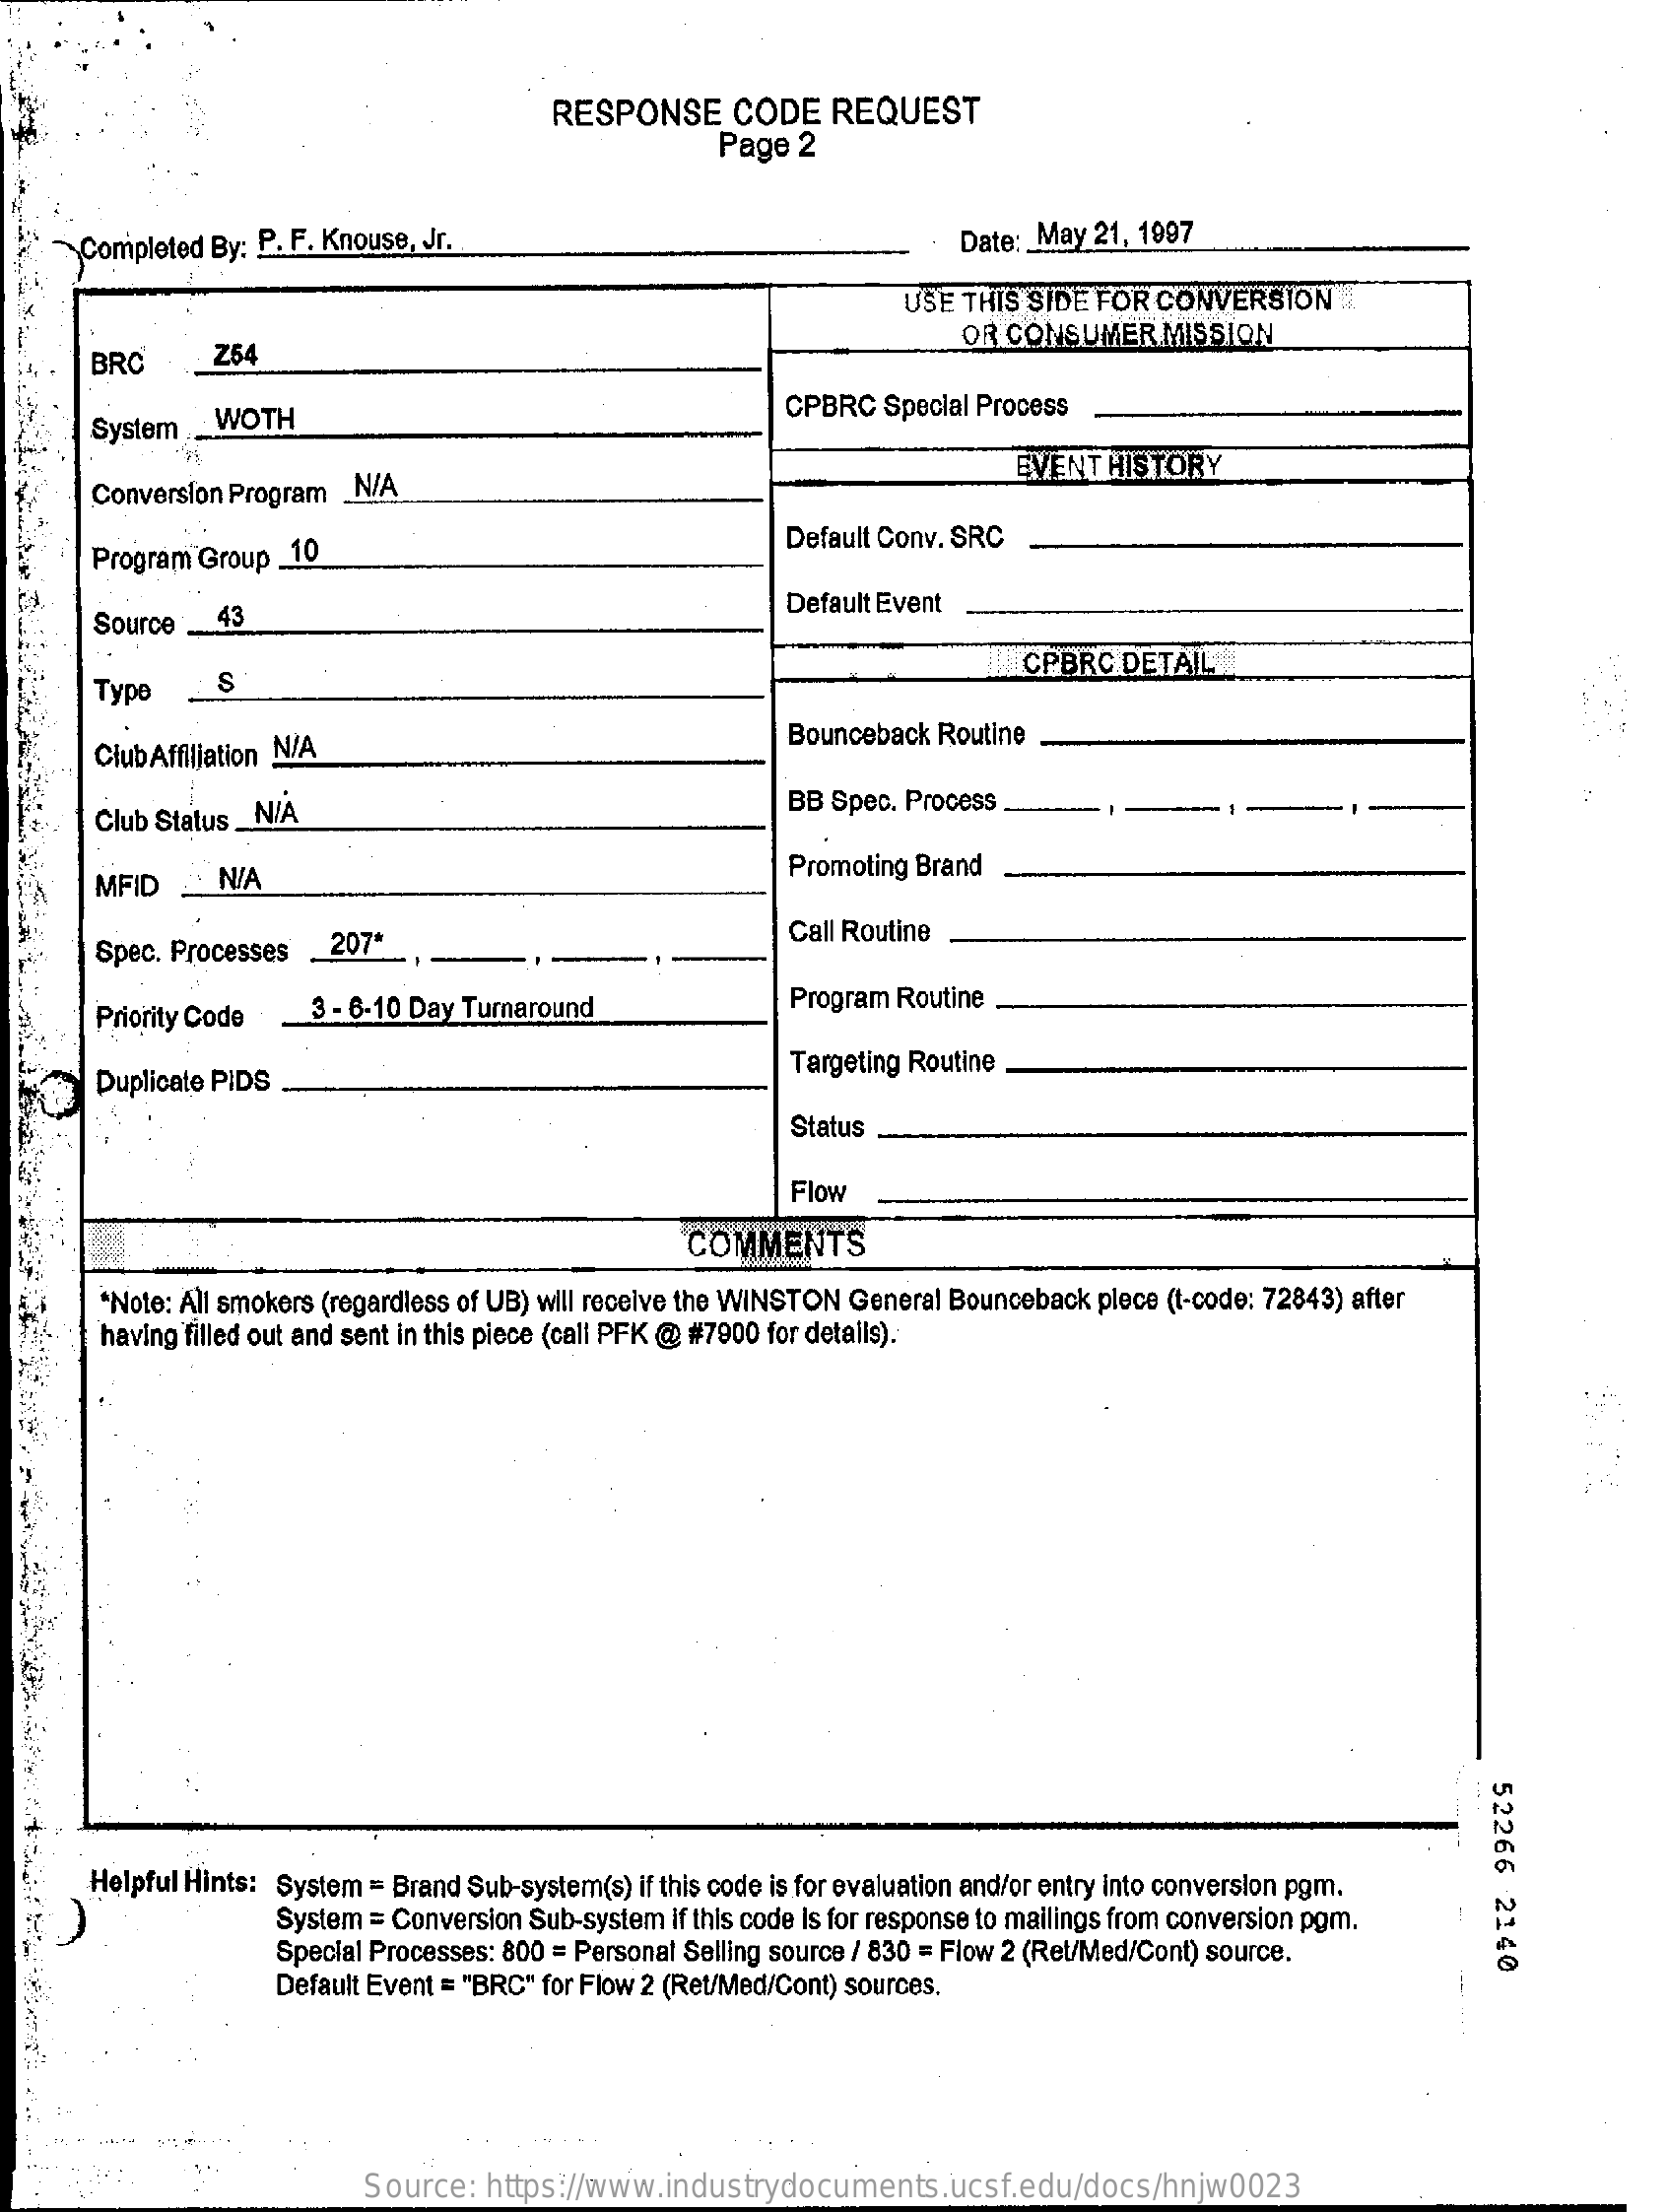
RESPONSE    CODE   REQUEST
     Page 2
     Completed By: P. F. Knouse, Jr.    Date: May 21, 1997
     USE THIS SIDE FOR CONVERSION
     OR CONSUMER   MISSION
     BRC    Z54
     System   WOTH    CPBRC  Special Process
     Conversion Program _N/A
     EVENT HISTORY
     Program Group _10
     Default Conv. SRC
     Source   43
     Default Event
     S
     CPBRC DETAIL
     Type
     ClubAffiliation N/A
     Bounceback Routine
     Club Status_N/A
     BB Spec. Process
     MFID    N/A    Promoting Brand
     Spec. Processes  207*    Call Routine
     Priority Code   3 - 6-10 Day Turnaround    Program Routine
     Duplicate PIDS    Targeting Routine
     Status
     Flow
     COMMENTS
     *Note: All smokers (regardless of UB) will receive the WINSTON General Bounceback plece (t-code: 72843) after
     having filled out and sent in this piece (call PFK @ #7900 for detalls).
     52266
     2140
     Helpful Hints: System = Brand Sub-system(s) if this code is for evaluation and/or entry into conversion pgm.
     System = Conversion Sub-system if this code Is for response to mailings from conversion pgm.
     Special Processes: 800 = Personal Selling source / 830 = Flow 2 (Ret/Med/Cont) source.
     Default Event = "BRC" for Flow 2 (Ret/Med/Cont) sources.
     Source: https://www.industrydocuments.ucsf.edu/docs/hnjw0023